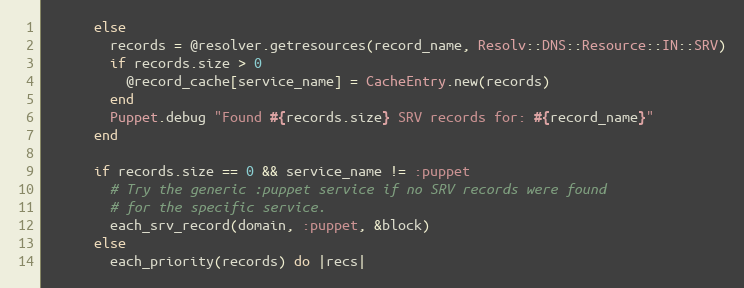
Language: Ruby
      else
        records = @resolver.getresources(record_name, Resolv::DNS::Resource::IN::SRV)
        if records.size > 0
          @record_cache[service_name] = CacheEntry.new(records)
        end
        Puppet.debug "Found #{records.size} SRV records for: #{record_name}"
      end

      if records.size == 0 && service_name != :puppet
        # Try the generic :puppet service if no SRV records were found
        # for the specific service.
        each_srv_record(domain, :puppet, &block)
      else
        each_priority(records) do |recs|